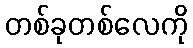
တစ်ခုတစ်လေကို